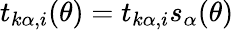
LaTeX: t_{k\alpha,i}(\theta)=t_{k\alpha,i}s_{\alpha}(\theta)